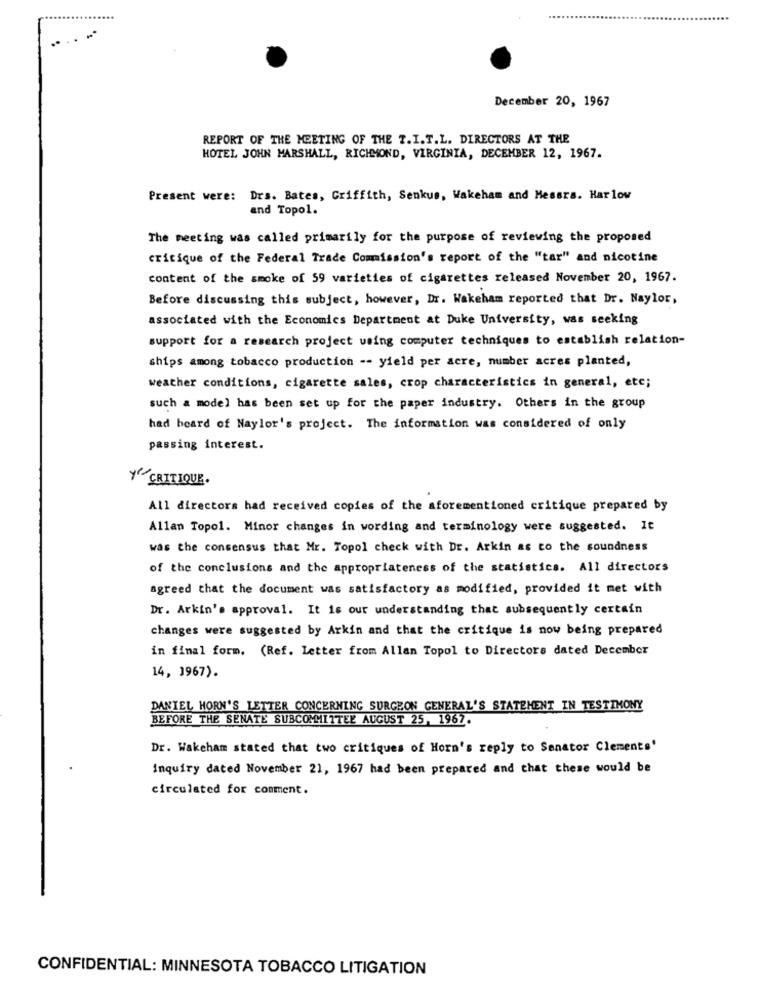
..
...
December 20, 1967
REPORT OF THE MEETING OF THE T.I.T.L. DIRECTORS AT THE
HOTEL JOHN MARSHALL, RICHMOND, VIRGINIA, DECEMBER 12, 1967.
Present were: Drs. Bates, Griffith, Senkus, Wakeham and Messrs. Harlow
and Topol.
The meeting was called primarily for the purpose of reviewing the proposed
critique of the Federal Trade Comission's report of the "tar" and nicotine
content of the smoke of 59 varieties of cigarettes released November 20, 1967.
Before discussing this subject, however, Dr. Wakeham reported that Dr. Naylor,
associated with the Economics Department at Duke University, was seeking
support for a research project using computer techniques to establish relation-
ships among tobacco production -- yield per acre, number acres planted,
weather conditions, cigarette sales, crop characteristics in general, etc;
such a model has been set up for the paper industry. Others in the group
had heard of Naylor's project. The information was considered of only
passing interest.
Y"CRITIQUE.
All directors had received copies of the aforementioned critique prepared by
Allan Topol. Minor changes in wording and terminology were suggested. It
was the consensus that Mr. Topol check with Dr. Arkin as to the soundness
of the conclusions and the appropriateness of the statistics. All directors
agreed that the document was satisfactory as modified, provided it met with
Dr. Arkin's approval. It is our understanding that subsequently certain
changes were suggested by Arkin and that the critique is now being prepared
in final form. (Ref. Letter from Allan Topol to Directors dated December
14, 1967).
DANIEL HORN'S LETTER CONCERNING SURGEON GENERAL'S STATEMENT IN TESTIMONY
BEFORE THE SENATE SUBCOMMITTEE AUGUST 25, 1967.
Dr. Wakeham stated that two critiques of Horn's reply to Senator Clements'
Inquiry dated November 21, 1967 had been prepared and that these would be
circulated for comment.
CONFIDENTIAL: MINNESOTA TOBACCO LITIGATION